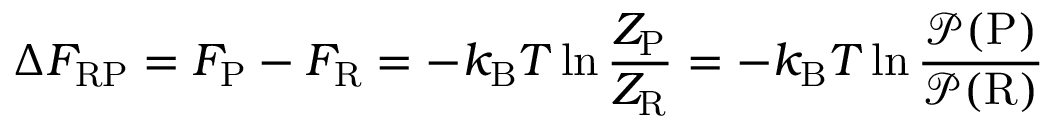
\Delta F _ { \mathrm { R P } } = F _ { \mathrm { P } } - F _ { \mathrm { R } } = - k _ { \mathrm { B } } T \ln \frac { Z _ { \mathrm { P } } } { Z _ { \mathrm { R } } } = - k _ { \mathrm { B } } T \ln \frac { \mathcal { P } ( \mathrm { P } ) } { \mathcal { P } ( \mathrm { R } ) }